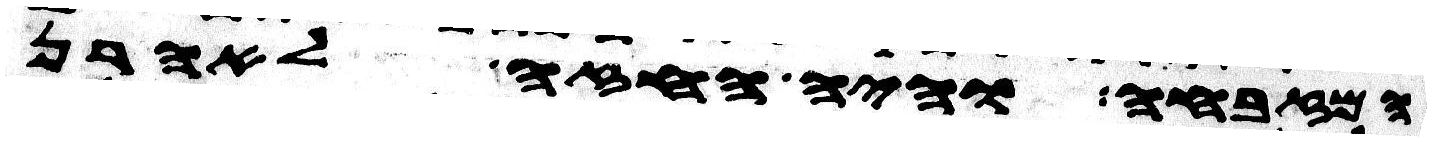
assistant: המזבחה והיה החזה לאהרן